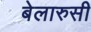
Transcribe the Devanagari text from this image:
बेलारुसी